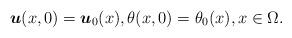
LaTeX: \begin{align*} \boldsymbol u(x,0)=\boldsymbol u_0(x),\theta(x,0)=\theta_0(x), x \in \Omega.\end{align*}